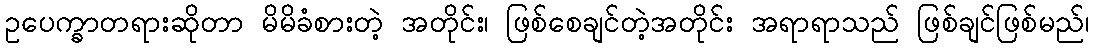
ဥပေက္ခာတရားဆိုတာ မိမိခံစားတဲ့ အတိုင်း၊ ဖြစ်စေချင်တဲ့အတိုင်း အရာရာသည် ဖြစ်ချင်ဖြစ်မည်၊